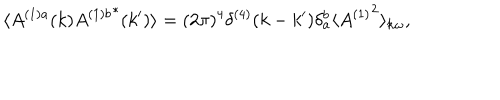
LaTeX: \langle A ^ { ( 1 ) a } ( k ) { A ^ { ( 1 ) b } } ^ { * } ( k ^ { \prime } ) \rangle = ( 2 \pi ) ^ { 4 } \delta ^ { ( 4 ) } ( k - k ^ { \prime } ) \delta _ { a } ^ { b } \langle { A ^ { ( 1 ) } } ^ { 2 } \rangle _ { { \bf k } \omega } ,